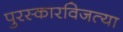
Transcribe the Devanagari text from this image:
पुरस्कारविजत्या